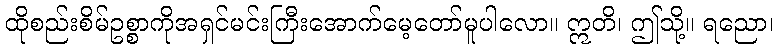
ထိုစည်းစိမ်ဥစ္စာကိုအရှင်မင်းကြီးအောက်မေ့တော်မူပါလော။ ဣတိ၊ ဤသို့။ ရညော၊